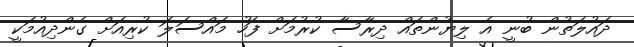
ދައުލަތުން ބުނީ އެ ލިޔުންތައް ދިރާސާ ކުރުމަށް ފަހު މައްސަލަ ކުރިއަށް ގެންދިއުމަކީ